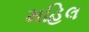
મહિલ